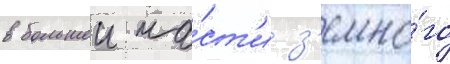
в большеи ча́ст'и з'емно́го